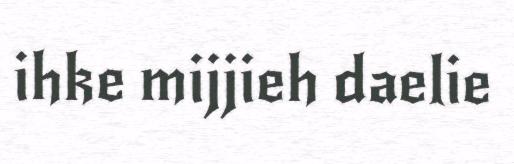
ihke mijjieh daelie